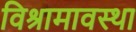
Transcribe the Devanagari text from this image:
विश्रामावस्था